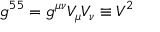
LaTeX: g ^ { 5 5 } = g ^ { \mu \nu } V _ { \mu } V _ { \nu } \equiv V ^ { 2 }